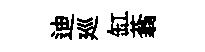
迪廵缸蓊